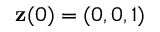
{ \bf z } ( 0 ) = ( 0 , 0 , 1 )